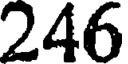
246